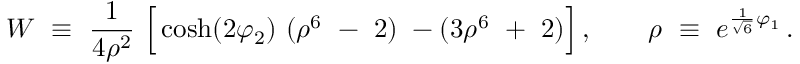
{ \cal W } ~ \equiv ~ { \frac { 1 } { 4 \rho ^ { 2 } } } ~ \Big [ \cosh ( 2 \varphi _ { 2 } ) ~ ( \rho ^ { 6 } ~ - ~ 2 ) ~ - ( 3 \rho ^ { 6 } ~ + ~ 2 ) \Big ] \, , \qquad \rho ~ \equiv ~ e ^ { { \frac { 1 } { \sqrt { 6 } } } \varphi _ { 1 } } \, .